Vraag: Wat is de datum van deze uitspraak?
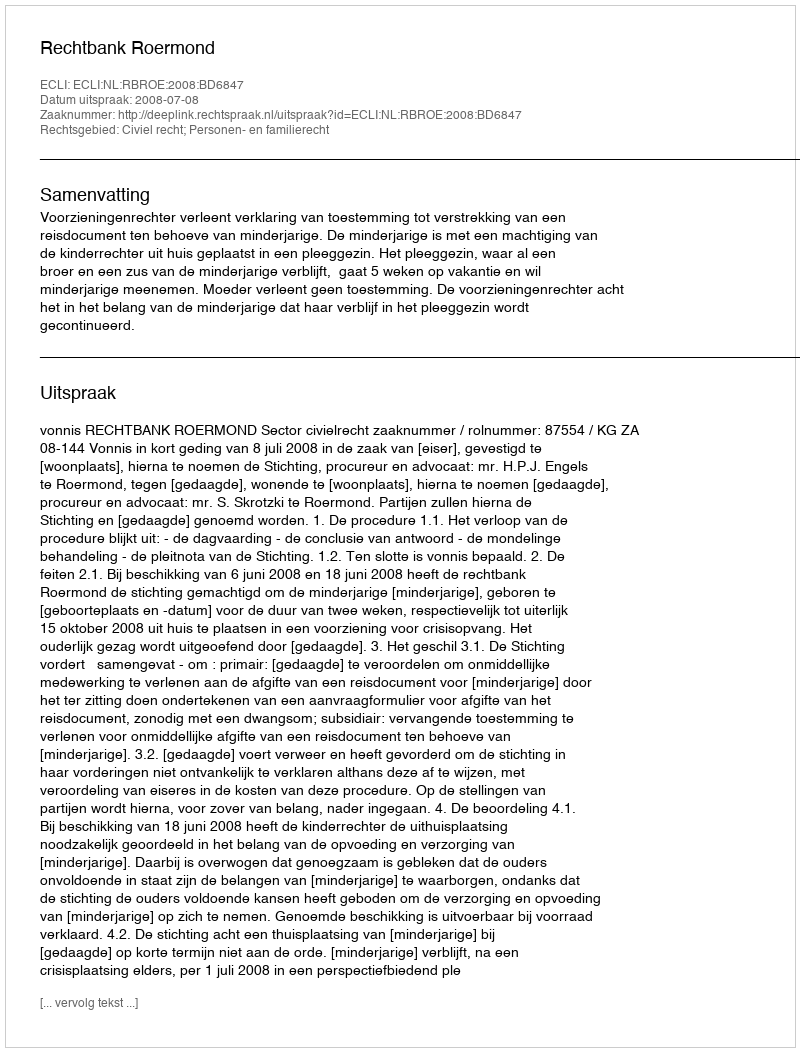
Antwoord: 2008-07-08